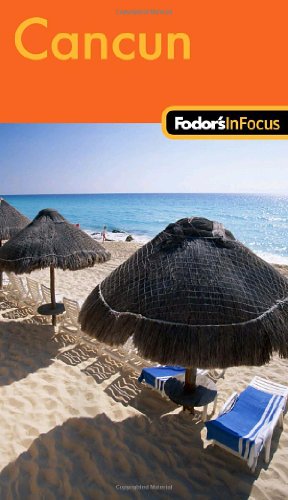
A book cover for Fodor's In Focus Cancun, 1st Edition (Travel Guide); Fodor's; Travel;